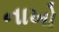
નાખો